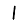
Digit: 1